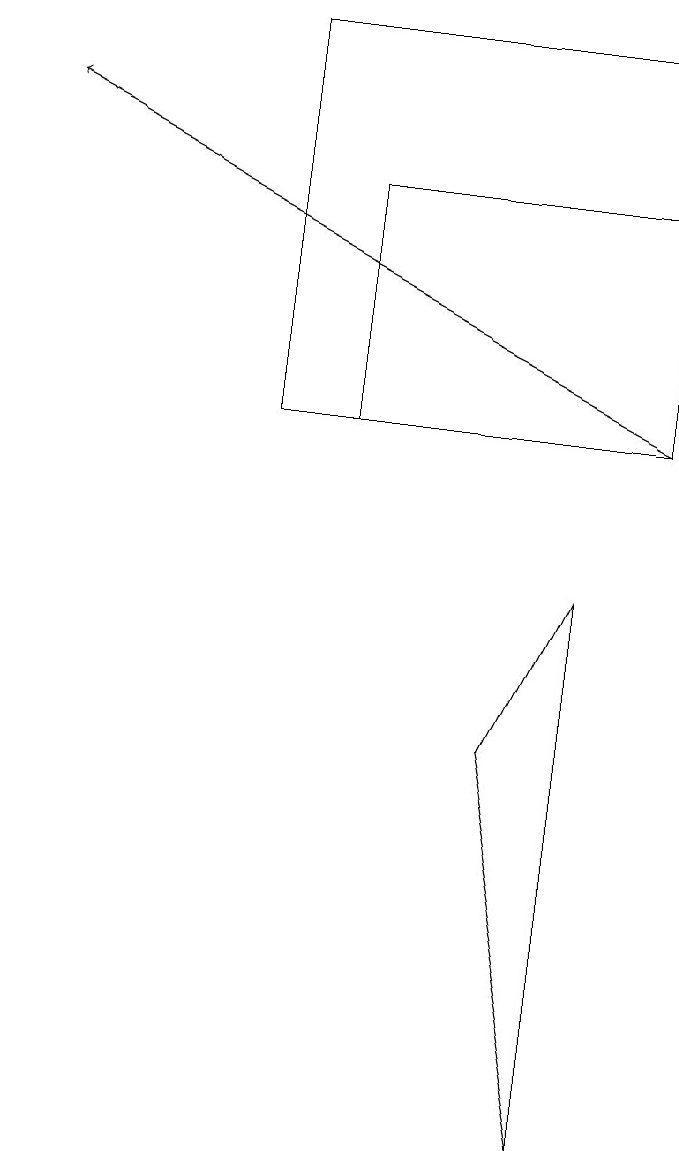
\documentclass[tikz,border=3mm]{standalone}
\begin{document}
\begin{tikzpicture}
\draw[->] (9,11) -- (1,15);
\draw (7,7) -- (8,9) -- (8,2) -- cycle;
\draw (9,16) rectangle (4,11);
\draw (9,14) rectangle (5,11);
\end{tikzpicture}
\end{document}